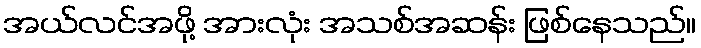
အယ်လင်အဖို့ အားလုံး အသစ်အဆန်း ဖြစ်နေသည်။